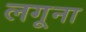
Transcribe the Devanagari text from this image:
लगूना